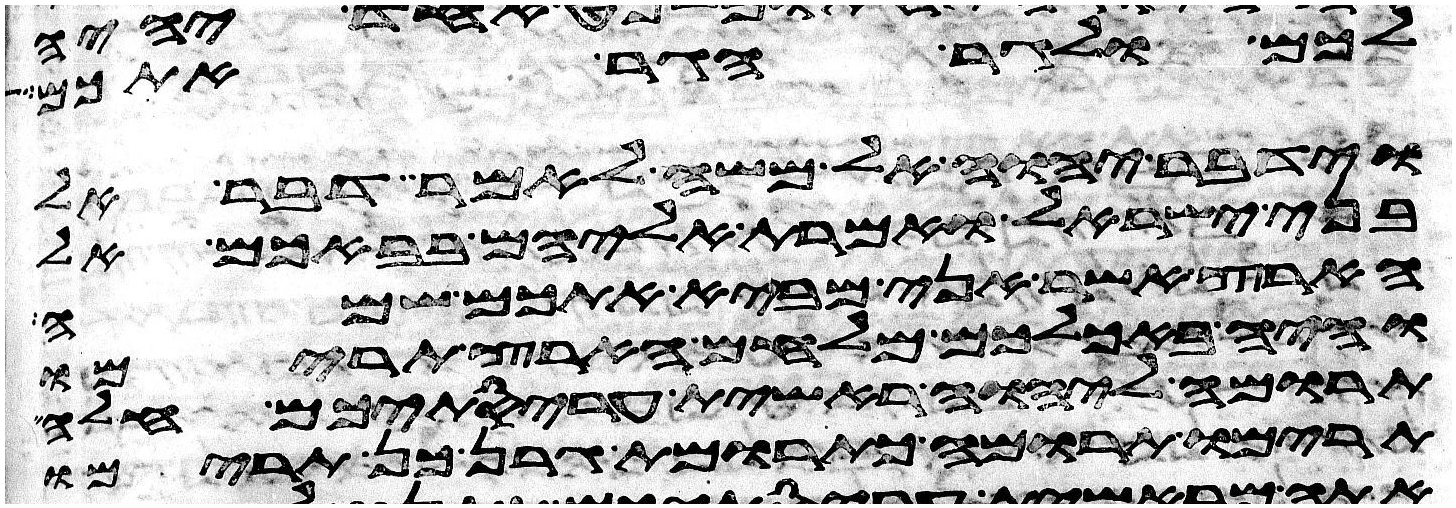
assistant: לכם ולגר הגר אתכם
וידבר יהוה אל משה לאמר דבר אל
בני ישראל ואמרת אליהם בבאכם אל
הארץ אשר אני מביא אתכם שמה
והיה באכלכם מלחם הארץ תרימו
תרומה ליהוה ראשית עריסתיכם חלה
תרימו תרומה כתרומת גרן כן תרימו